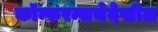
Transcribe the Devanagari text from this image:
कॉन्फरन्सचेदेखील